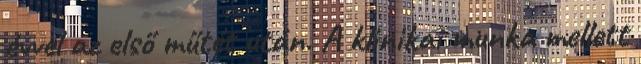
évvel az első műtét után. A klinikai munka mellett